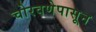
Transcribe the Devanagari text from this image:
चोरवणेपासून